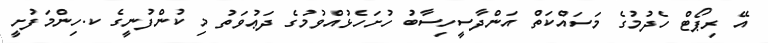
އޭ ރިޕޯޓް ހެދުމުގެ މަސައްކަތް އަންދާސީހިސާބު ހުށަހެޅުއްވުމުގެ ދަޢުވަތު މި ކުންފުނީގެ ކ.ހިންމަފުށީ